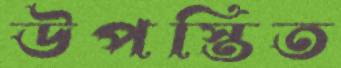
উপস্তিত